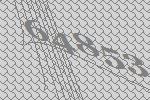
64853